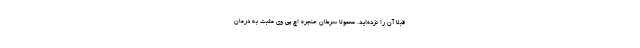
قبلاً آن را نزده‌اید. معمولاً سرطان حنجره اچ پی وی مثبت به درمان